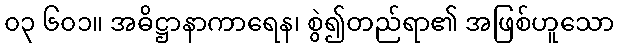
၀၃ ၆၀၁။ အဓိဋ္ဌာနာကာရေန၊ စွဲ၍တည်ရာ၏ အဖြစ်ဟူသော